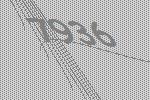
7936